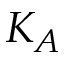
K _ { A }